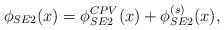
\begin{align*}\phi_{SE2}(x)=\phi^{CPV}_{SE2}(x)+\phi^{(s)}_{SE2}(x),\end{align*}